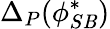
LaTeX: \Delta_{P}(\phi_{S\mathit{B}}^{*})